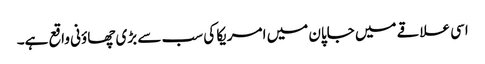
اسی علاقے میں جاپان میں امریکا کی سب سے بڑی چھاؤنی واقع ہے۔